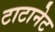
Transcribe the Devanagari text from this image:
टाटानेट